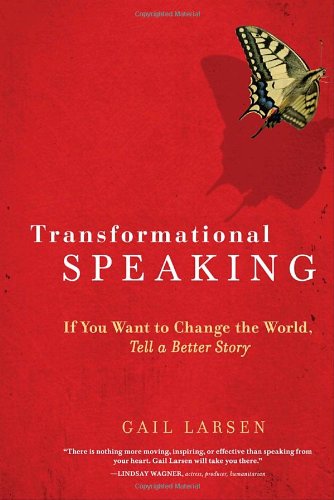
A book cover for Transformational Speaking; Gail Larsen; Reference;